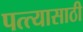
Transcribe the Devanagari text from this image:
पत्त्यासाठी